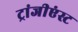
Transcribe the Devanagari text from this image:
ट्रांजीएंस्ट